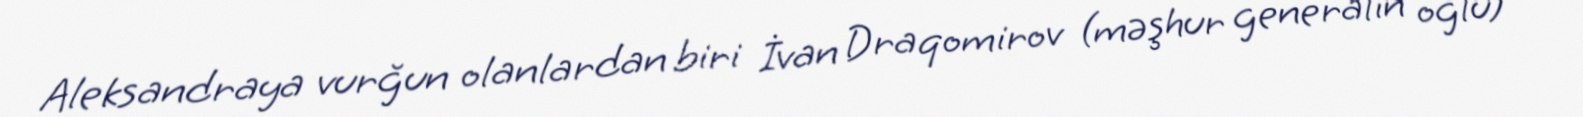
Aleksandraya vurğun olanlardan biri İvan Draqomirov (məşhur generalın oğlu)